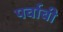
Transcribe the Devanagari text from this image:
पर्वाबी